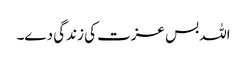
اللہ بس عزت کی زندگی دے۔